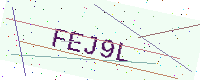
Text: FEJ9L